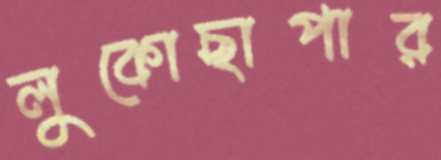
লুকোছাপার